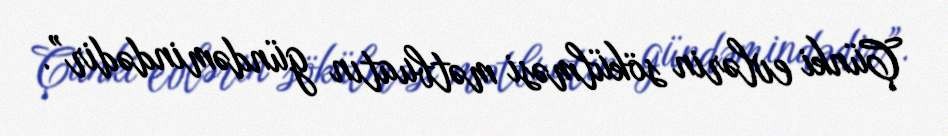
Çünki evlərin sökülməsi mətbuatın gündəmindədir”.